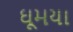
ઘૂમયા